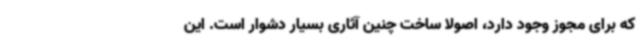
که برای مجوز وجود دارد، اصولا ساخت چنین آثاری بسیار دشوار است. این